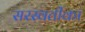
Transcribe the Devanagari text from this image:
सरस्वतीका